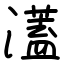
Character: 濭